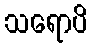
သရောပိ